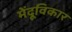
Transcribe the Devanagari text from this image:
मेंदूविकार